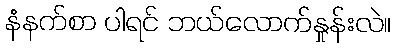
နံနက်စာ ပါရင် ဘယ်လောက်နှုန်းလဲ။